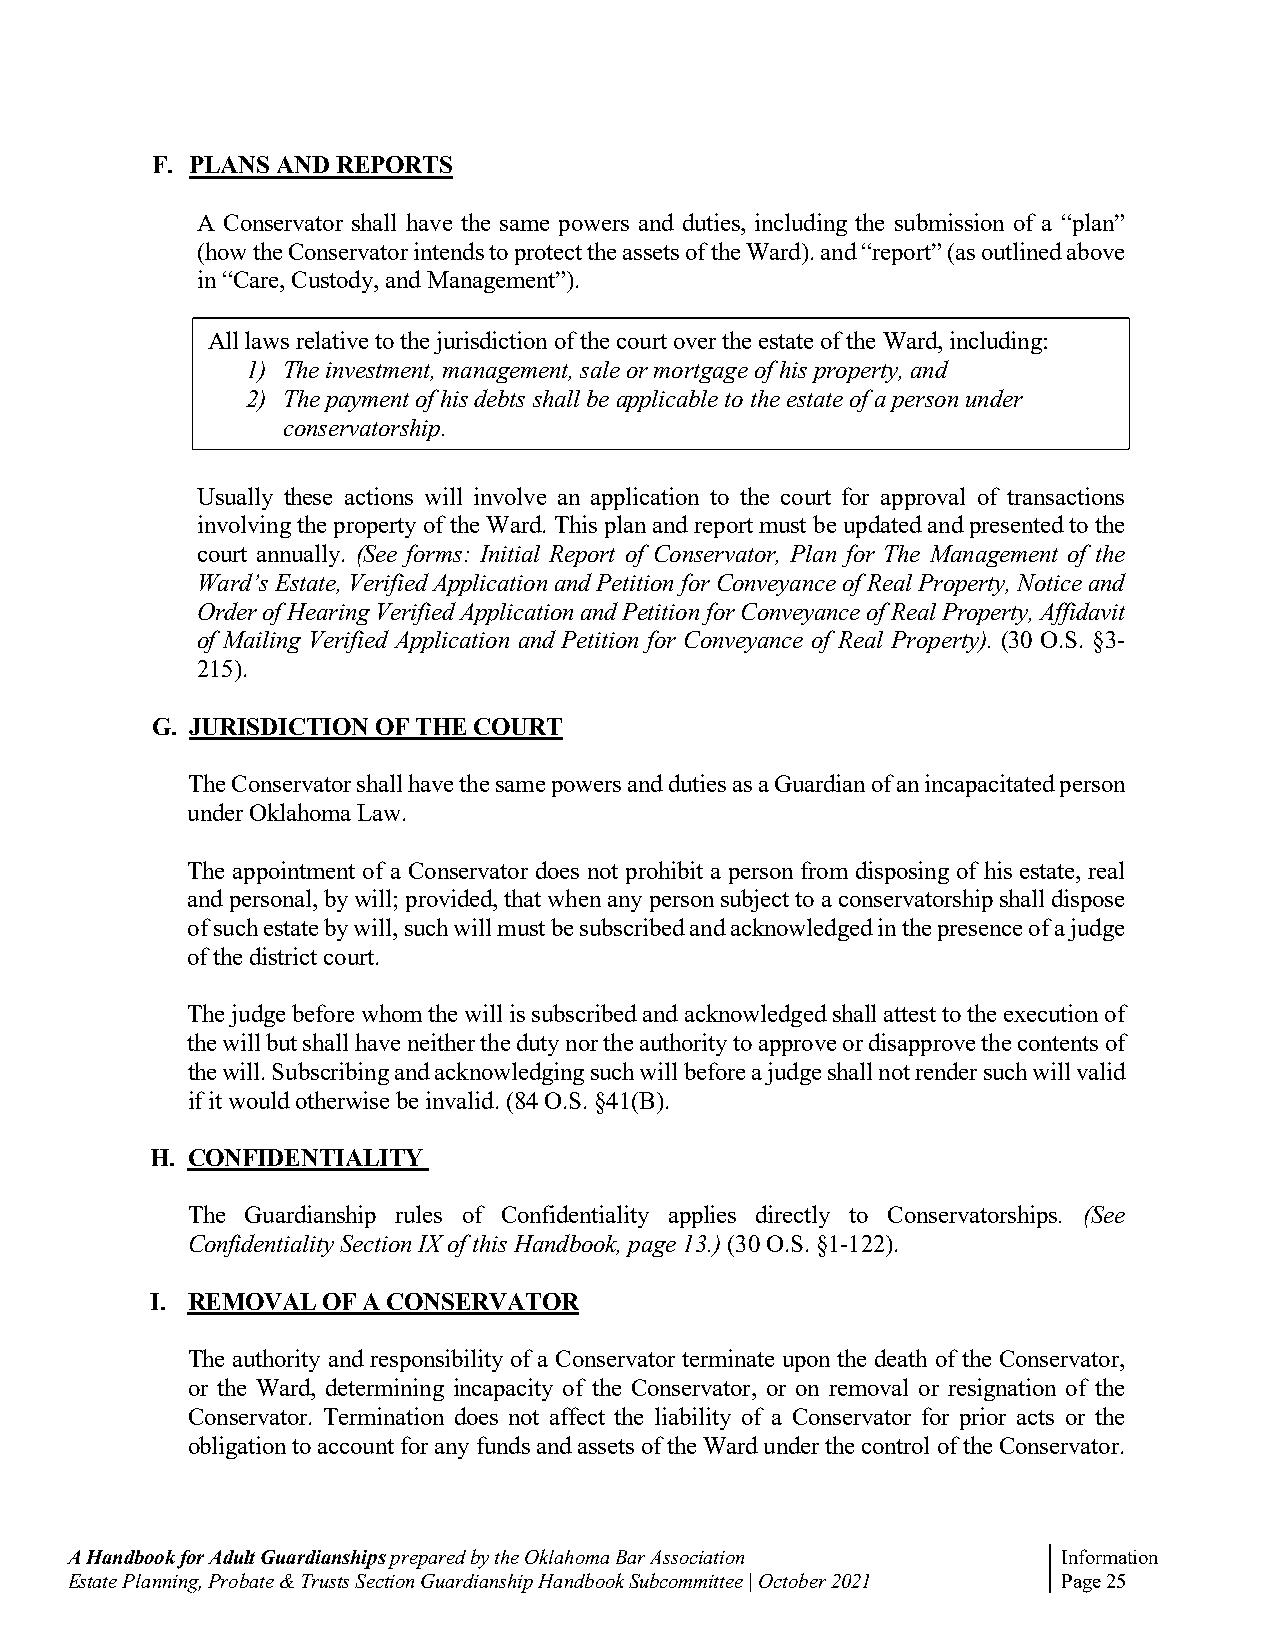
F. PLANS AND REPORTS
 A Conservator shall have the same powers and duties, including the submission of a “plan”
 (how the Conservator intends to protect the assets of the Ward). and “report” (as outlined above
 in “Care, Custody, and Management”).
 All laws relative to the jurisdiction of the court over the estate of the Ward, including:
 1) The investment, management, sale or mortgage of his property, and
 2) The payment of his debts shall be applicable to the estate of a person under
 conservatorship.
 Usually these actions will involve an application to the court for approval of transactions
 involving the property of the Ward. This plan and report must be updated and presented to the
 court annually. (See forms: Initial Report of Conservator, Plan for The Management of the
 Ward’s Estate, Verified Application and Petition for Conveyance of Real Property, Notice and
 Order of Hearing Verified Application and Petition for Conveyance of Real Property, Affidavit
 of Mailing Verified Application and Petition for Conveyance of Real Property). (30 O.S. §3-
 215).
 G. JURISDICTION OF THE COURT
 The Conservator shall have the same powers and duties as a Guardian of an incapacitated person
 under Oklahoma Law.
 The appointment of a Conservator does not prohibit a person from disposing of his estate, real
 and personal, by will; provided, that when any person subject to a conservatorship shall dispose
 of such estate by will, such will must be subscribed and acknowledged in the presence of a judge
 of the district court.
 The judge before whom the will is subscribed and acknowledged shall attest to the execution of
 the will but shall have neither the duty nor the authority to approve or disapprove the contents of
 the will. Subscribing and acknowledging such will before a judge shall not render such will valid
 if it would otherwise be invalid. (84 O.S. §41(B).
 H. CONFIDENTIALITY
 The Guardianship rules of Confidentiality applies directly to Conservatorships. (See
 Confidentiality Section IX of this Handbook, page 13.) (30 O.S. §1-122).
 I. REMOVAL OF A CONSERVATOR
 The authority and responsibility of a Conservator terminate upon the death of the Conservator,
 or the Ward, determining incapacity of the Conservator, or on removal or resignation of the
 Conservator. Termination does not affect the liability of a Conservator for prior acts or the
 obligation to account for any funds and assets of the Ward under the control of the Conservator.
 A Handbook for Adult Guardianships prepared by the Oklahoma Bar Association Information
 Estate Planning, Probate & Trusts Section Guardianship Handbook Subcommittee | October 2021 Page 25